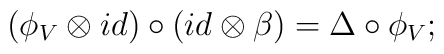
(\phi_V \otimes id) \circ (id \otimes \beta ) = \Delta \circ \phi_V;